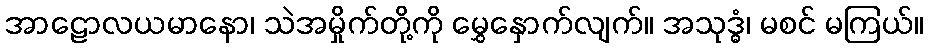
အာဠောလယမာနော၊ သဲအမှိုက်တို့ကို မွှေနှောက်လျက်။ အသုဒ္ဓံ၊ မစင် မကြယ်။